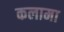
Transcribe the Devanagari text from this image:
कलामा